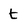
Character: t